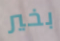
بخير